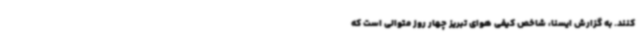
کنند. به گزارش ایسنا، شاخص کیفی هوای تبریز چهار روز متوالی است که